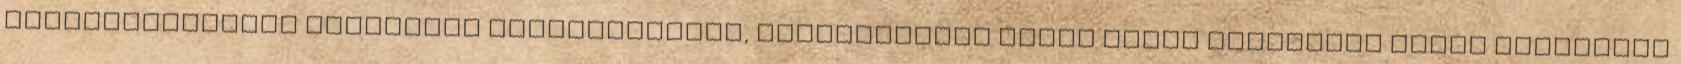
visszacsatolása stratégia megvalósítása, menedzselése tudás alapú stratégia merev szemlélet